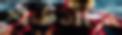
শর্তমতে